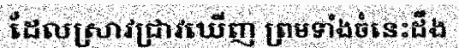
ដែលស្រាវជ្រាវឃើញ ព្រមទាំងចំនេះដឹង